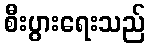
စီးပွားရေးသည်